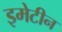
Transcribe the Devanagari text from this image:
इमेटीन